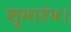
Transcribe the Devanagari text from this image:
शुभारंभ।